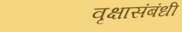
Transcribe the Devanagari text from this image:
वृक्षासंबंधी